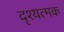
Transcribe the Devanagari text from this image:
दृश्यत्मक